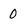
Character: 0